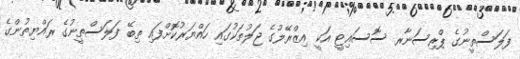
ފަލަސްތީނުގެ ޕްރިސަނާރ ސޮސައިޓީ އަކީ އިޒްރޭލުގެ ޖަލުތަކުގައި ހައްޔަރުކޮށްފައި ތިބޭ ފަލަސްތީނުގެ ރައްޔިތުންގެ